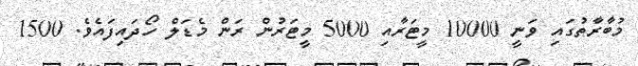
މުބާރާތުގައި ވަނީ 10000 މީޓަރާއި 5000 މީޓަރުން ރަން މެޑަލް ހޯދައިފައެވެ. 1500